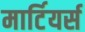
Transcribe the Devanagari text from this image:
मार्टियर्स